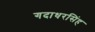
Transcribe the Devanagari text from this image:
गदाधरसिंह